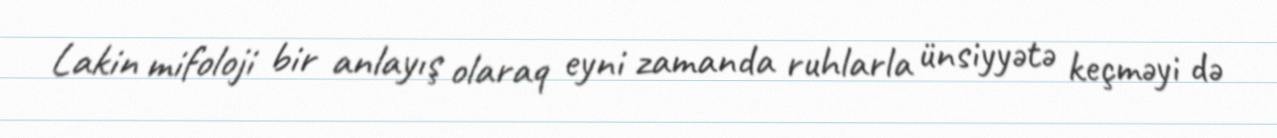
Lakin mifoloji bir anlayış olaraq eyni zamanda ruhlarla ünsiyyətə keçməyi də